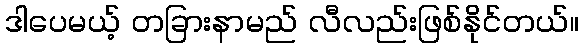
ဒါပေမယ့် တခြားနာမည် လီလည်းဖြစ်နိုင်တယ်။